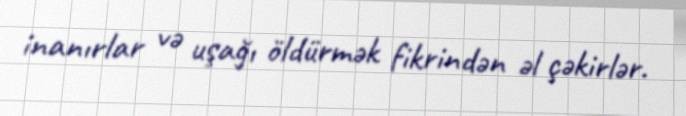
inanırlar və uşağı öldürmək fikrindən əl çəkirlər.